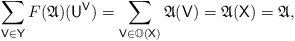
\begin{align*} \sum_{\mathsf V \in \mathsf Y} F(\mathfrak A)(\mathsf U^{\mathsf V}) = \sum_{\mathsf V \in \mathbb O(\mathsf X)} \mathfrak A(\mathsf V) = \mathfrak A(\mathsf X) = \mathfrak A, \end{align*}